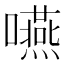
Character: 嚥